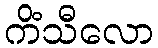
ကိံသီလော